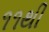
૧૧થી